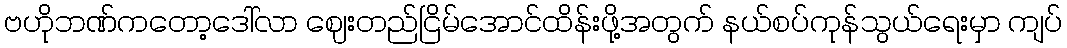
ဗဟိုဘဏ်ကတော့ဒေါ်လာ ဈေးတည်ငြိမ်အောင်ထိန်းဖို့အတွက် နယ်စပ်ကုန်သွယ်ရေးမှာ ကျပ်